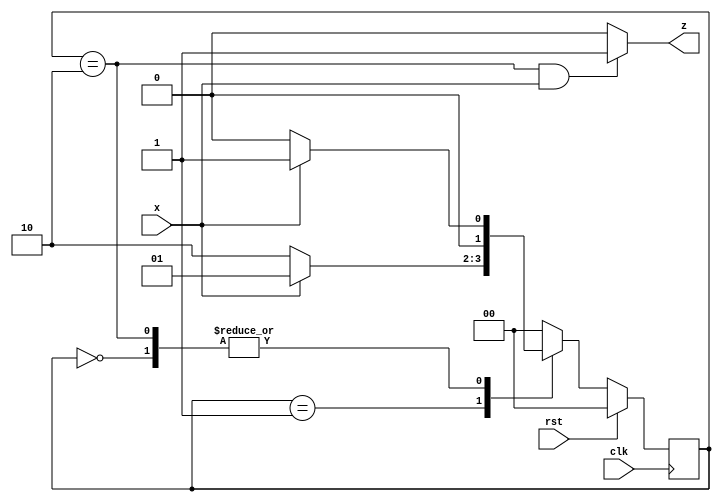
`timescale 1ns / 1ps
//////////////////////////////////////////////////////////////////////////////////
// Company: 
// Engineer: 
// 
// Design Name: 
// Module Name: mealy101detector
// Project Name: 
// Target Devices: 
// Tool Versions: 
// Description: 
// 
// Dependencies: 
// 
// Revision:
// Revision 0.01 - File Created
// Additional Comments:
// 
//////////////////////////////////////////////////////////////////////////////////


module mealy101detector(
    input x,rst,clk,
    output z
    );
    localparam [1:0] reset = 0, got1 = 1, got10 = 2;
    
    reg [1:0] current;
    
    always@(posedge clk) begin
    if(rst) current <= reset;
    else case(current)
            reset: if(x==1'b1) current <= got1 ;
                   else current <= reset;
            got1: if(x==1'b1) current <= got1 ;
                  else current <= got10;
            got10: if(x==1'b1) current <= got1 ;
                   else current <= reset;
            default: current <= reset;
           endcase
      end
      
      assign z = ( current ==got10 && x==1'b1) ? 1'b1 : 1'b0 ;
endmodule